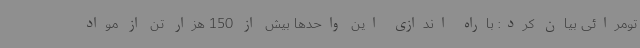
تومرائی بیان کرد: باراه اندازی این واحدها بیش از 150 هزار تن از مواد